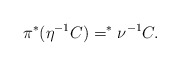
\begin{align*} \pi^*(\eta^{-1}C) =^* \nu^{-1}C.\end{align*}